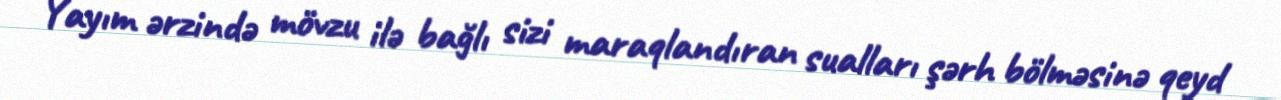
Yayım ərzində mövzu ilə bağlı sizi maraqlandıran sualları şərh bölməsinə qeyd